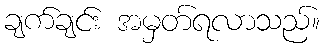
ချက်ချင်း အမှတ်ရလာသည်။